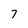
Character: 7